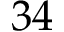
3 4